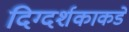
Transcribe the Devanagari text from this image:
दिग्दर्शकाकडे